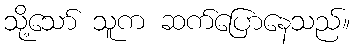
သို့သော် သူက ဆက်ပြောနေသည်။